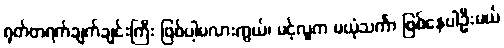
ရုတ်တရက်ချက်ချင်းကြီး ဖြစ်ပါ့မလားကွယ်၊ မင့်လူက မယုံသင်္ကာ ဖြစ်နေပါဦးမယ်